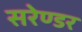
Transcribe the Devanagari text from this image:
सरेण्डर